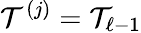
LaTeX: \mathcal T^{(j)}=\mathcal T_{\ell-1}